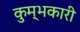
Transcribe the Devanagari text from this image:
कुम्भकारी